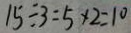
1 5 \div 3 = 5 \times 2 = 1 0